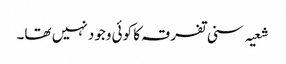
شعیہ سنی تفرقہ کا کوئی وجود نہیں تھا۔